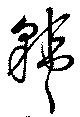
韓